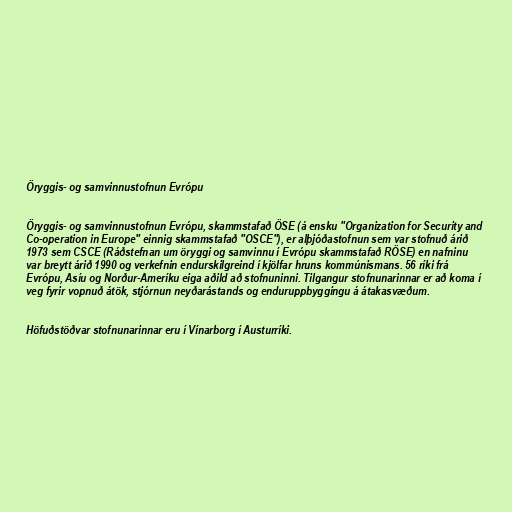
Öryggis- og samvinnustofnun Evrópu

Öryggis- og samvinnustofnun Evrópu, skammstafað ÖSE (á ensku "Organization for Security and
Co-operation in Europe" einnig skammstafað "OSCE"), er alþjóðastofnun sem var stofnuð árið
1973 sem CSCE (Ráðstefnan um öryggi og samvinnu í Evrópu skammstafað RÖSE) en nafninu
var breytt árið 1990 og verkefnin endurskilgreind í kjölfar hruns kommúnismans. 56 ríki frá
Evrópu, Asíu og Norður-Ameríku eiga aðild að stofnuninni. Tilgangur stofnunarinnar er að koma í
veg fyrir vopnuð átök, stjórnun neyðarástands og enduruppbyggingu á átakasvæðum.

Höfuðstöðvar stofnunarinnar eru í Vínarborg í Austurríki.